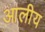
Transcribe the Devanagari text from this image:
आलीय